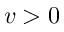
v > 0